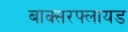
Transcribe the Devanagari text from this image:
बाक्सरफ्लायड